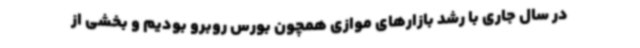
در سال جاری با رشد بازارهای موازی همچون بورس روبرو بودیم و بخشی از